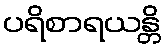
ပရိစာရယန္တိ